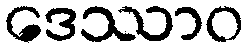
ဒေဿာဝ